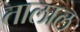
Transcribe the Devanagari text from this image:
तालाल